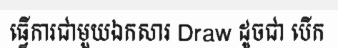
ធ្វើការជាមួយឯកសារ Draw ដូចជា បើក